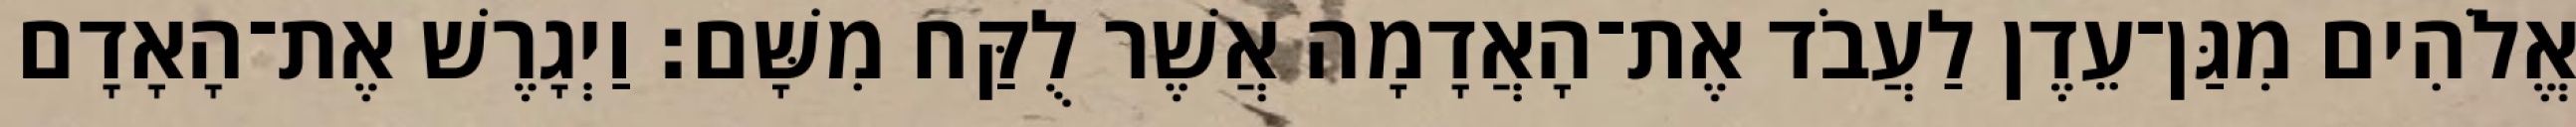
אֱלֹהִים מִגַּן־עֵדֶן לַעֲבֹד אֶת־הָאֲדָמָה אֲשֶׁר לֻקַּח מִשָּׁם׃ וַיְגָרֶשׁ אֶת־הָאָדָם